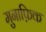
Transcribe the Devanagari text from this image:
मुनाफ़िक